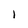
Character: l